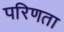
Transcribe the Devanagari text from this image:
परिणता